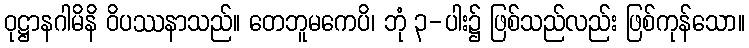
ဝုဋ္ဌာနဂါမိနိ ဝိပဿနာသည်။ တေဘူမကေပိ၊ ဘုံ ၃-ပါး၌ ဖြစ်သည်လည်း ဖြစ်ကုန်သော။